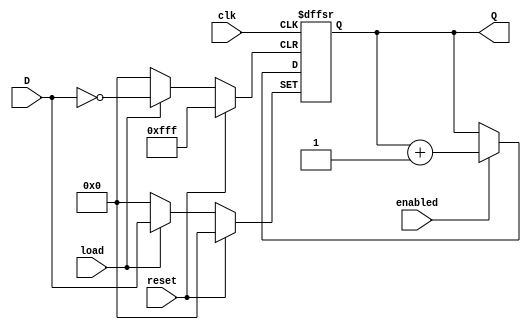
module contador(input wire clk, enabled, load, reset, input wire [11:0]D, output reg [11:0]Q);
always @(posedge clk or posedge reset or posedge load) begin //todos deben estar entre las sensibilidades del timer

  if (reset) // el reset va primero para definir que inicialmente el valor es 0
    Q<=0;
  else if (load) // D pasa a Q y como el REG recuerda su valor anterior no hay necesidad de definir que pasa si load es 0
    Q<=D;
  else if (enabled)//suma 1 y al igual que en el load no hay necesidad del else
    Q<=Q+1'b1;
  end

endmodule